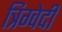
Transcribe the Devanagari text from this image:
त्रिग्वेदी